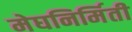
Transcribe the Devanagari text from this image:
मेघनिर्मिती